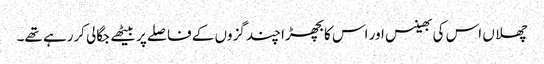
چھلاں اس کی بھینس اور اس کا بچھڑا چند گزوں کے فاصلے پر بیٹھے جگالی کررہے تھے۔